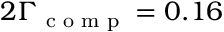
2 \Gamma _ { \textrm { c o m p } } = 0 . 1 6